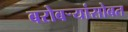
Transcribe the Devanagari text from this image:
बरोबर्‍यांसोबत